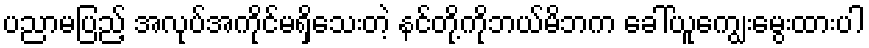
ပညာမပြည့် အလုပ်အကိုင်မရှိသေးတဲ့ နင်တို့ကိုဘယ်မိဘက ခေါ်ယူကျွေးမွေးထားပါ